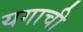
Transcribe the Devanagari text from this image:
यगाची